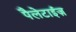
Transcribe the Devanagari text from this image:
पैलेटाईज़